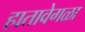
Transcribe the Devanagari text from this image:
हातावेगळा